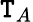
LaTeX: \mathtt{T}_{A}